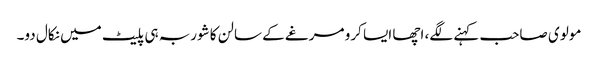
مولوی صاحب کہنے لگے، اچھا ایسا کرو مرغے کے سالن کا شوربہ ہی پلیٹ میں نکال دو۔